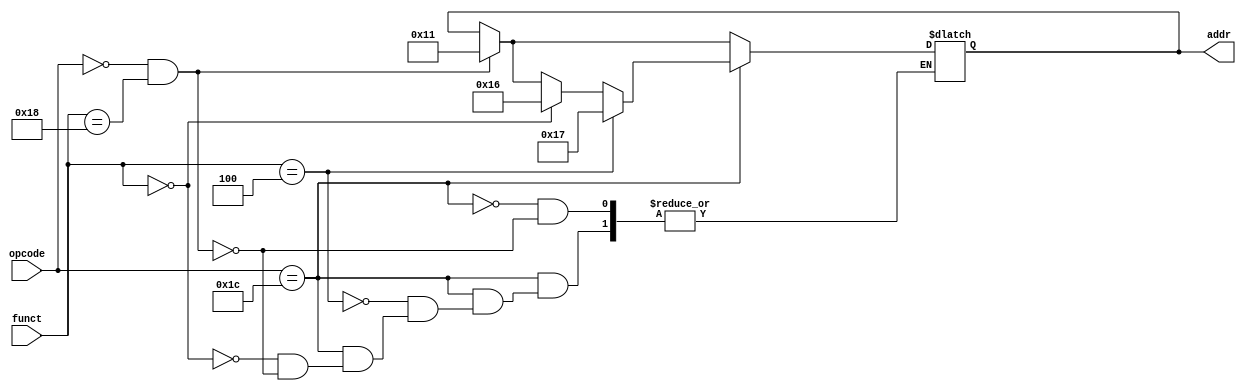
module DT2(opcode,funct,addr);

input [5:0] opcode;
input [5:0] funct;

output [4:0] addr;
reg [4:0] addr;

always @(*) begin
	
	if(opcode==6'b000000 && funct==6'b011000)//mul
		begin
			addr=5'b10001;								//20-->17
		end
	
		if(opcode==6'b011100)//madd and msub
		begin
		
			if(funct==6'b000000)//madd
			begin

				addr=5'b10110;							//21-->22

			end
		
			if(funct==6'b000100)//msub
			begin

				addr=5'b10111;							//22-->23

			end

		end

end

endmodule